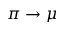
\pi \rightarrow \mu